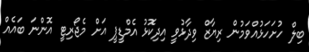
ބިލް ހުށަހަޅުއްވަމުން ރިޔާޒް ވިދާޅުވީ އިދިކޮޅު އެމްޑީޕީ އަށް މެޖޯރިޓީ އޮންނަ ބައެއް